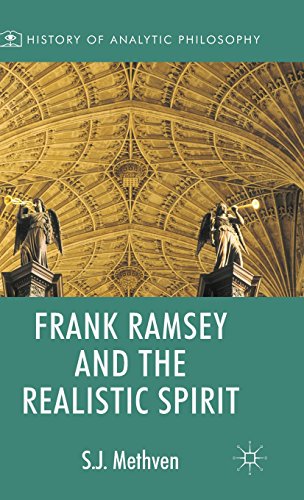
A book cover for Frank Ramsey and the Realistic Spirit (History of Analytic Philosophy); Steven Methven; Politics & Social Sciences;